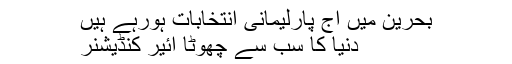
بحرین میں آج پارلیمانی انتخابات ہورہے ہیں
دنیا کا سب سے چھوٹا ائیر کنڈیشنر